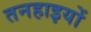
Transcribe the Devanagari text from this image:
तनहाइयों